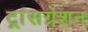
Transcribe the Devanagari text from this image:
ट्रांसग्रेशन